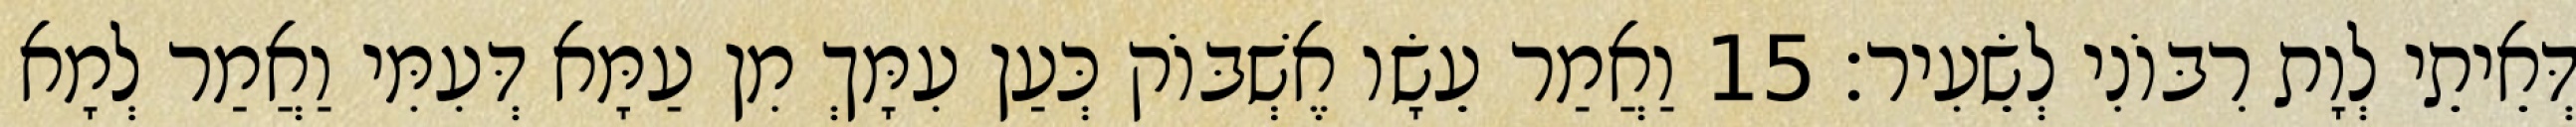
דְּאֵיתֵי לְוָת רִבּוֹנִי לְשֵׂעִיר׃ 15 וַאֲמַר עֵשָׂו אֶשְׁבּוֹק כְּעַן עִמָּךְ מִן עַמָּא דְּעִמִּי וַאֲמַר לְמָא